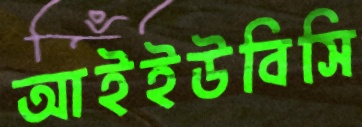
আইইউবিসি